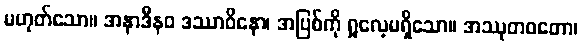
မဟုတ်သော။ အနာဒီနဝ ဒဿာဝိနော၊ အပြစ်ကို ရှုလေ့မရှိသော။ အဿုတဝတော၊